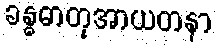
ခန္ဓဓာတုအာယတနာ